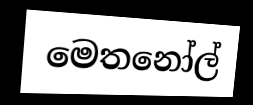
මෙතනෝල්